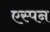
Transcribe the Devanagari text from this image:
एस्पन